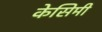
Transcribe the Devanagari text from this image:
केसिमी